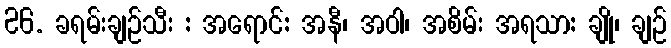
26. ခရမ်းချဉ်သီး : အရောင်: အနီ၊ အဝါ၊ အစိမ်း အရသာ: ချို၊ ချဉ်